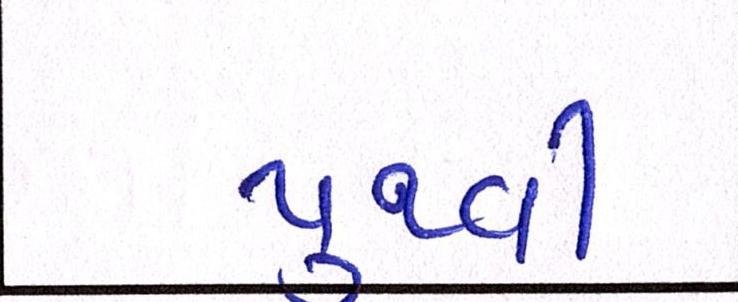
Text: પુથ્વી